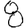
Digit: 8